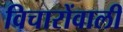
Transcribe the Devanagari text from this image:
विचारोंवाली